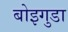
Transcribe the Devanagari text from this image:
बोइगुडा